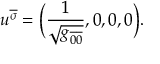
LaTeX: u ^ { \overline { { \sigma } } } = \Big ( { \frac { 1 } { \sqrt { g _ { \overline { { { 0 } } } \overline { { { 0 } } } } } } } , 0 , 0 , 0 \Big ) .